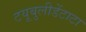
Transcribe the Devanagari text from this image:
टयूबुलीडेंटाटा